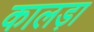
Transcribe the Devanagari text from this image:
कालड़ा